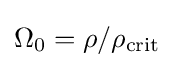
\Omega _{0}=\rho /\rho _{\text{crit}}